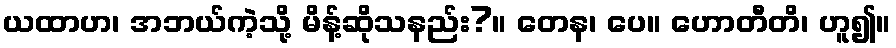
ယထာဟ၊ အဘယ်ကဲ့သို့ မိန့်ဆိုသနည်း?။ တေန၊ ပေ။ ဟောတီတိ၊ ဟူ၍။